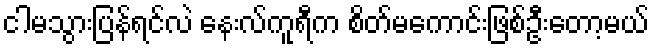
ငါမသွားပြန်ရင်လဲ နေးလ်ကူရီက စိတ်မကောင်းဖြစ်ဦးတော့မယ်